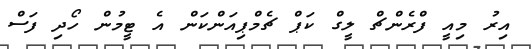
އިރު މިއީ ފްރެންޗް ލީގް ކަޕް ޗެމްޕިއަންކަން އެ ޓީމުން ހޯދި ފަސް